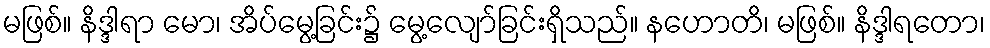
မဖြစ်။ နိဒ္ဒါရာ မော၊ အိပ်မွေ့ခြင်း၌ မွေ့လျော်ခြင်းရှိသည်။ နဟောတိ၊ မဖြစ်။ နိဒ္ဒါရတော၊